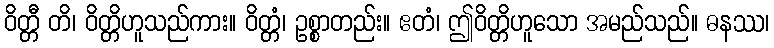
ဝိတ္တီ တိ၊ ဝိတ္တိဟူသည်ကား။ ဝိတ္တံ၊ ဥစ္စာတည်း။ ဧတံ၊ ဤဝိတ္တိဟူသော အမည်သည်။ ဓနဿ၊